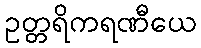
ဥတ္တရိကရဏီယေ